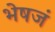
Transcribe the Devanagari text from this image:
भेषजं